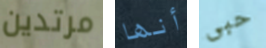
مرتدين أنها حبى